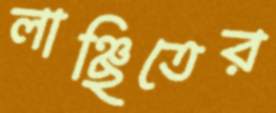
লাঞ্ছিতের